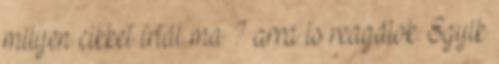
milyen cikket írtál ma ? arra is reagálok. Egyik